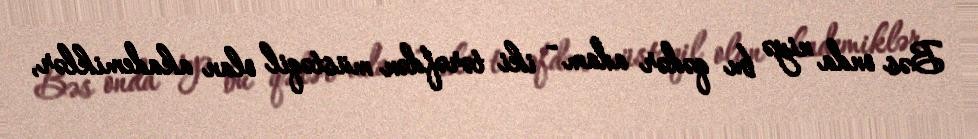
Bəs onda niyə bu qədər adam - iki tərəfdən müstəqil olan akademiklər,